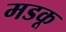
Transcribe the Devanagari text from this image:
मडकू